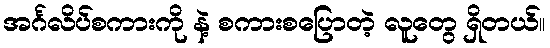
အင်္ဂလိပ်စကားကို နဲ့ စကားစပြောတဲ့ လူတွေ ရှိတယ်။